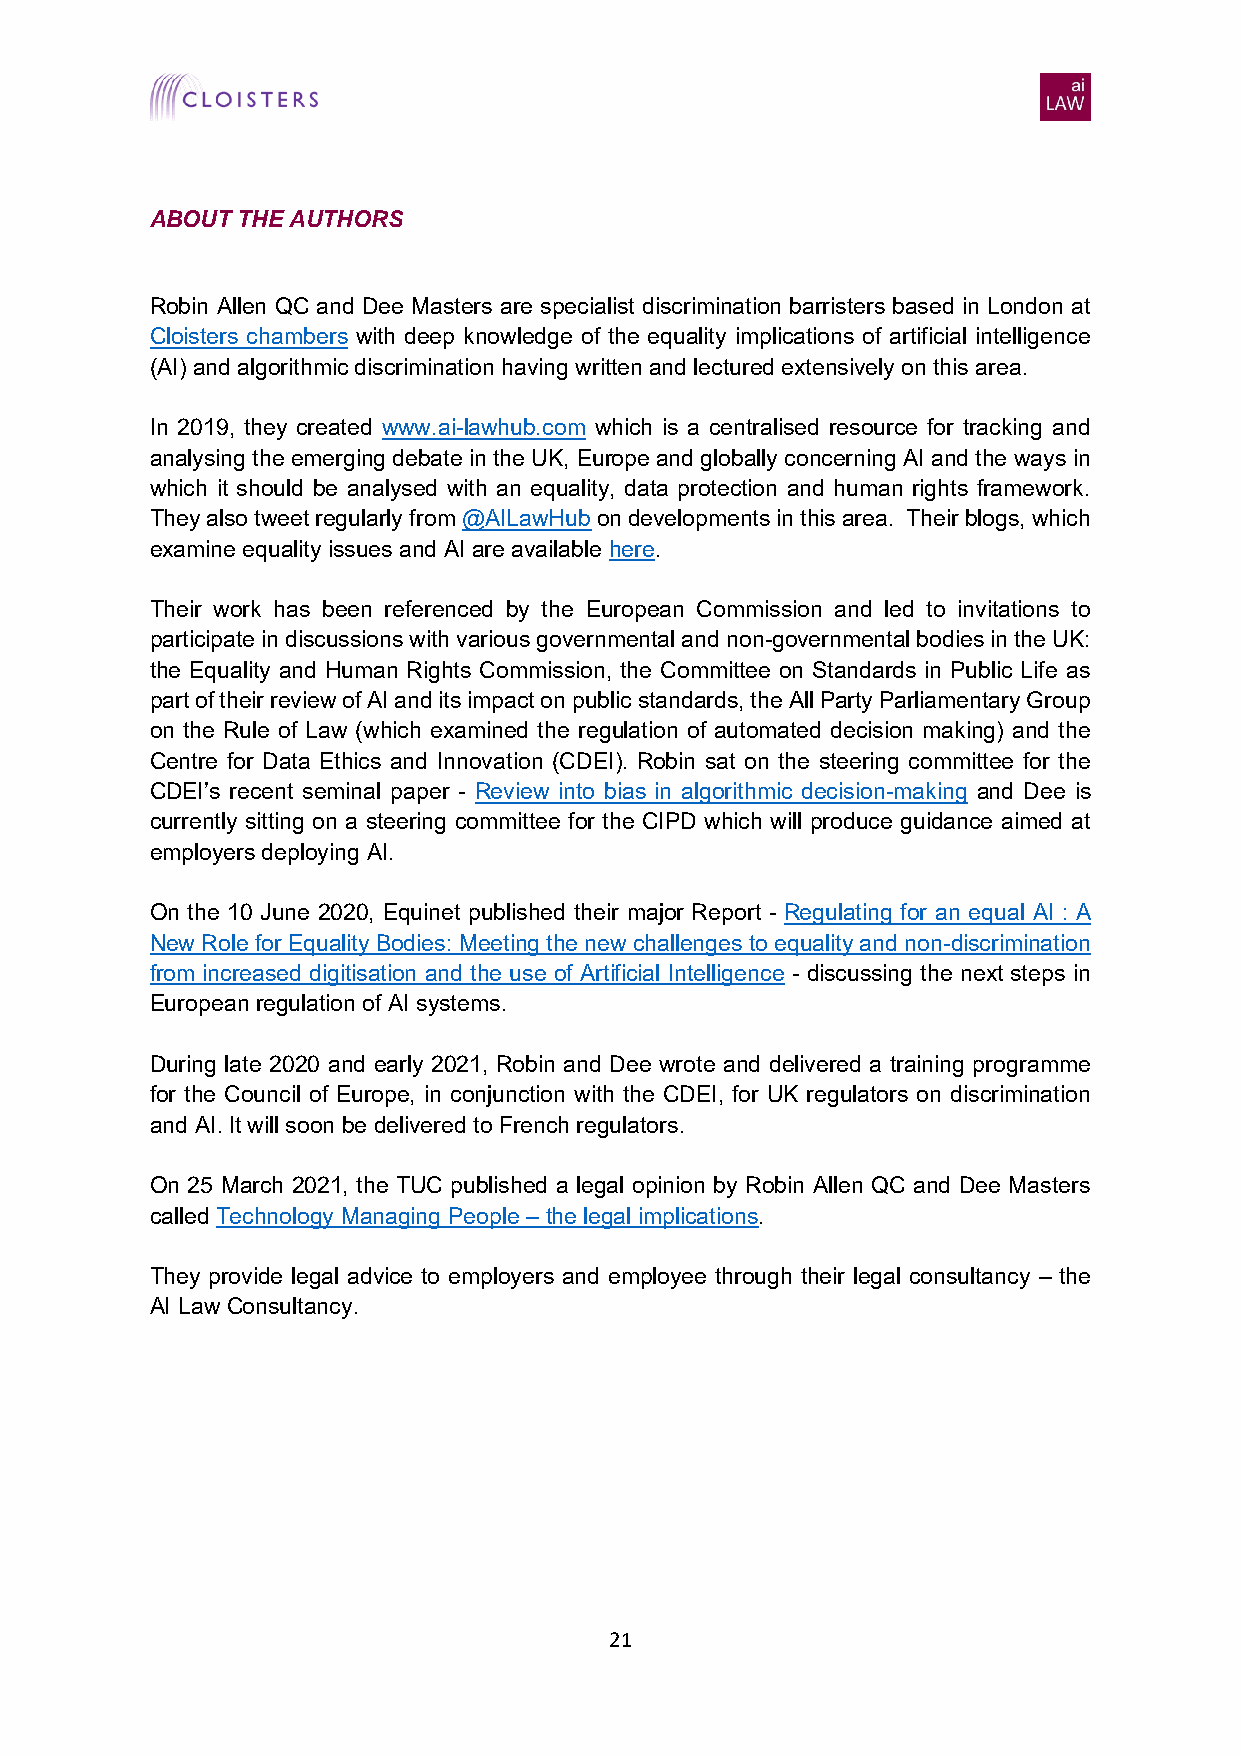
ABOUT THE AUTHORS
 Robin Allen QC and Dee Masters are specialist discrimination barristers based in London at
 Cloisters chambers with deep knowledge of the equality implications of artificial intelligence
 (AI) and algorithmic discrimination having written and lectured extensively on this area.
 In 2019, they created www.ai-lawhub.com which is a centralised resource for tracking and
 analysing the emerging debate in the UK, Europe and globally concerning AI and the ways in
 which it should be analysed with an equality, data protection and human rights framework.
 They also tweet regularly from @AILawHub on developments in this area. Their blogs, which
 examine equality issues and AI are available here.
 Their work has been referenced by the European Commission and led to invitations to
 participate in discussions with various governmental and non-governmental bodies in the UK:
 the Equality and Human Rights Commission, the Committee on Standards in Public Life as
 part of their review of AI and its impact on public standards, the All Party Parliamentary Group
 on the Rule of Law (which examined the regulation of automated decision making) and the
 Centre for Data Ethics and Innovation (CDEI). Robin sat on the steering committee for the
 CDEI’s recent seminal paper - Review into bias in algorithmic decision-making and Dee is
 currently sitting on a steering committee for the CIPD which will produce guidance aimed at
 employers deploying AI.
 On the 10 June 2020, Equinet published their major Report - Regulating for an equal AI : A
 New Role for Equality Bodies: Meeting the new challenges to equality and non-discrimination
 from increased digitisation and the use of Artificial Intelligence - discussing the next steps in
 European regulation of AI systems.
 During late 2020 and early 2021, Robin and Dee wrote and delivered a training programme
 for the Council of Europe, in conjunction with the CDEI, for UK regulators on discrimination
 and AI. It will soon be delivered to French regulators.
 On 25 March 2021, the TUC published a legal opinion by Robin Allen QC and Dee Masters
 called Technology Managing People – the legal implications.
 They provide legal advice to employers and employee through their legal consultancy – the
 AI Law Consultancy.
 21